Medical and sanitary report of the native army of Bengal for the year
Year: 1877
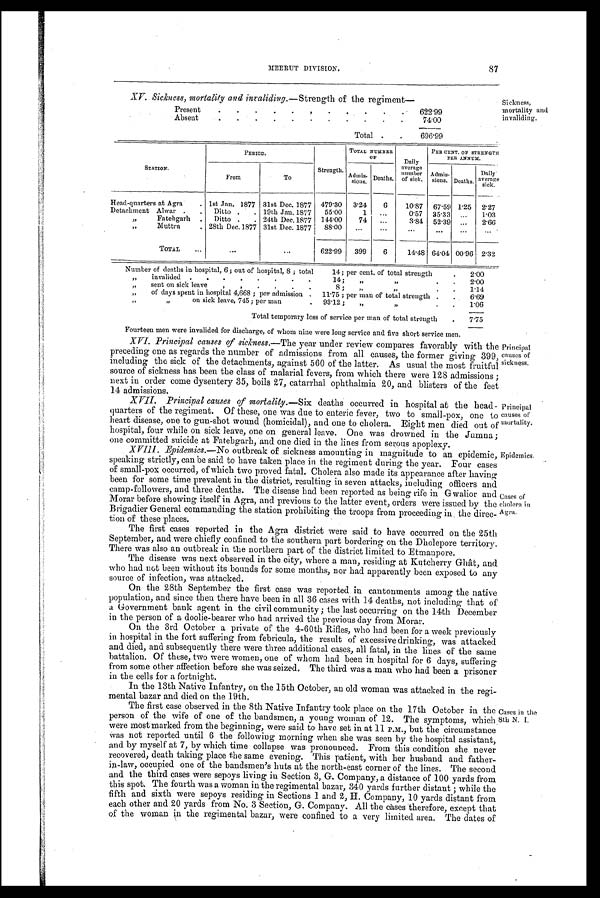
Principal
causes of
sickness.
Principal
causes of
mortality.
Epidemics.
Cases of
cholera in
Agra.
87
MEERUT DIVISION.
XV. Sickness, mortality and inraliding.— Strength of the regiment
Present
.
.
.
.
.
.
.
. .
.
. 622.99
Absent
. .
.
.
.
.
.
•
•
•
.
74.00
Total .
.
696.99
Sickness,
mortality and
invaliding.
STATION.
PERIOD .
Strength.
TOTAL NUMBER
O F
Daily
average
number
of sick.
PER CENT. OF STRENGTH
PER ANNUM.
From
To
Admis- s i o n s . Deaths.
A dmis-
sions. Deaths.
Daily
average
sick.
Head-quarters at Agra
. 1st Jan. 1877 31st Dec. 1877 479.30 3.24
6
10.87 67.59 1.25 2.27
Detachment Alwar
. Ditto • . 19th Jan. 1877
55.00
1
...
0.57 35.33 ...
1.03
”
Fatehgarh. . Ditto .
. 24th Dec.1877 144.00
74
...
3.84 52.39 ...
2.66
”
Muttra
. 28th Dec.1877 31st Dec. 1877
88.00
. . .
...
...
...
...
...
TOTAL
...
...
...
622.99
399
6
14.48 64.04 0096 2.32
Number of deaths in hospital, 6; out of hospital, 8; total
14; per cent, of total strength
.
2.00
„
invalided .
.
.
.
.
.
.
.
14;
„
”
.
.
2.00
„
sent on sick leave
.
. .
.
.
.
8;
,,
”
.
. 1.14
”
of days spent iu hospital 4,668; per admission . 11.75; per man of total strength .
. 6.69
„
”
on sick leave, 745; per man
.
93.12;
„
”
.
.
1.06
Total temporary loss of service per man of total strength
.
7.75
Fourteen men were invalided for discharge, of whom nine were long service and five short service men.
XVI. Principal causes of sickness.— The year under review compares favorably with the
preceding one as regards the number of admissions from all causes, the former giving 399,
including the sick of the detachments, against 560 of the latter. As usual the most fruitful
source of sickness has been the class of malarial fevers, from which there were 128 admissions;
next in order come dysentery 35, boils 27, catarrhal ophthalmia 20, and blisters of the feet
14 admissions.
XVII.
Principal causes of mortality.— Six deaths occurred in hospital at the head-
quarters of the regiment. Of these, one was due to enteric fever, two to small-pox, one to
heart disease, one to gun-shot wound (homicidal), and one to cholera. Eight men died out of
hospital, four while on sick leave, one on general leave. One was drowned in the Jumna;
one committed suicide at Fatehgarh, and one died in the lines from serous apoplexy.
XVIII. Epidemics.—No outbreak of sickness amounting in magnitude to an epidemic,
speaking strictly, can be said to have taken place in the regiment during the year. Four cases
of small-pox occurred, of which two proved fatal. Cholera also made its appearance after having
been for some time prevalent in the district, resulting in seven attacks, including officers and
camp-followers, and three deaths. The disease had been reported as being rife in G walior and
Morar before showing itself in Agra, and previous to the latter event, orders were issued by the
Brigadier General commanding the station prohibiting the troops from proceeding in . the direc-
tion of these places.
The first cases reported in the Agra district were said to have occurred on the 25th
September, and were chiefly confined to the southern part bordering on the Dholepore territory.
There was also an outbreak in the northern part of the district limited to Etmanpore.
The disease was next observed in the city, where a man, residing at Kutcherry Ghât, and
who had not been without its bounds for some months, nor had apparently been exposed to any
source of infection, was attacked.
On the 28th September the first case was reported in cantonments among the native
population, and since then there have been in all 36 cases with 14 deaths, not including that of
a Government bank agent in the civil community; the last occurring on the 14th December
in the person of a doolie-bearer who had arrived the previous day from Morar.
On the 3rd October a private of the 4-60th Rifles, who had been for a week previously
in hospital in the fort suffering from febricula, the result of excessive drinking, was attacked
and died, and subsequently there were three additional cases, all fatal, in the lines of the same
battalion. Of these, two were women, one of whom had been in hospital for 6 days, suffering
from some other affection before she was seized. The third was a man who had been a prisoner
in the cells for a fortnight.
In the 13th Native Infantry, on the 15th October, an old woman was attacked in the regi-
mental bazar and died on the 19th.
The first case observed in the 8th Native Infantry took place on the 17th October in the
person of the wife of one of the bandsmen, a young woman of 12. The symptoms, which
were most marked from the beginning, were said to have set in at 11 P.M., but the circumstance
vas not reported until 6 the following morning when she was seen by the hospital assistant,
and by myself at 7, by which time collapse was pronounced. From this condition she never
recovered, death taking place the same evening. This patient, with her husband and father-
in-law, occupied one takant h e b a n d s m e n ' s h u t s a t t h e n o r t h - e a s t c o r n e r o f t h e l i n e s . T h e s e c o n d
and the third cases were sepoys living in Section 3, G. Company, a distance of 100 yards from
this spot. The fourth was a woman in the regimental bazar, 340 yards further distant; while the
fifth and sixth were sepoys residing in Sections 1 and 2, H. Company, 10 yards distant from
each other and 20 yards from No. 3 Section, G. Company. All the cases there fore, except that
o f
t h e w o m a n i n t h e r e g i m e n t a l b a z a r , w e r e c o n f i n e d t o a v e r y l i m i t e d a r e a . T h e d a t e s o f
Cases in the
8th N. I.